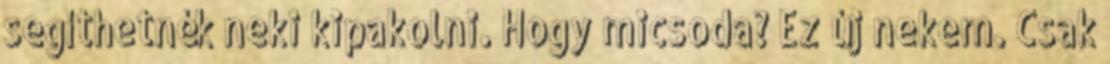
segíthetnék neki kipakolni. Hogy micsoda? Ez új nekem. Csak